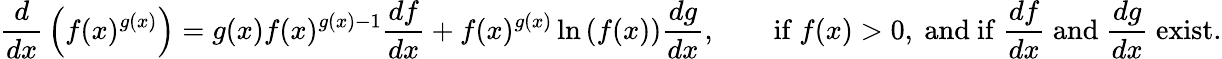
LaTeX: {\frac{d}{dx}}\left(f(x)^{g(x)}\right)=g(x)f(x)^{g(x)-1}{\frac{df}{dx}}+f(x)^{g(x)}\ln{(f(x))}{\frac{dg}{dx}},\qquad{\mathrm{if~}}f(x)>0,{\mathrm{~and~if~}}{\frac{df}{dx}}{\mathrm{~and~}}{\frac{dg}{dx}}{\mathrm{~exist.}}